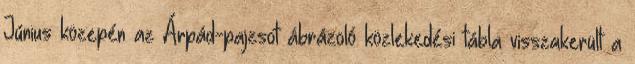
Június közepén az Árpád-pajzsot ábrázoló közlekedési tábla visszakerült a